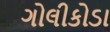
ગોલીકોડા